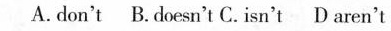
A.don't B.Doesn't C.Isn't D aren't